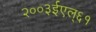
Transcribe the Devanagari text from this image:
२००३ईएल्‌६१